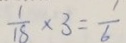
\frac { 1 } { 1 8 } \times 3 = \frac { 1 } { 6 }